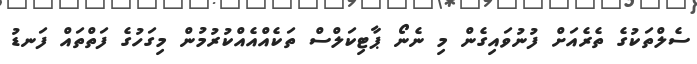
ސެލްތަކުގެ ތެރެއަށް ފުނުވައިގެން މި ނެނޯ ޕާޓިކަލްސް ތަކެއްއެއްކުރުމުން މިގަހުގެ ފަތްތައް ފަނޑު